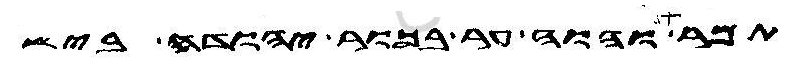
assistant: תמר והוה ער בכור יהודה ביש